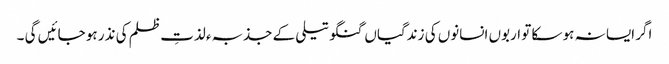
اگر ایسا نہ ہو سکا تو اربوں انسانوں کی زندگیاں گنگو تیلی کے جذبہء لذتِ ظلم کی نذر ہو جائیں گی ۔